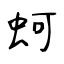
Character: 蚵